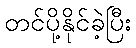
တင်ပို့နိုင်ခဲ့ပြီး